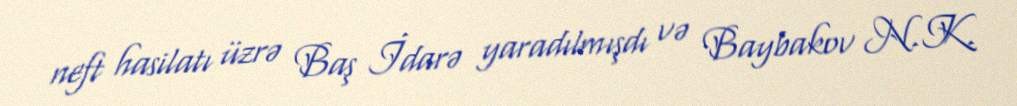
neft hasilatı üzrə Baş İdarə yaradılmışdı və Baybakov N.K.